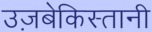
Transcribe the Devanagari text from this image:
उज़बेकिस्तानी